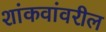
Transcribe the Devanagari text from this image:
शांकवांवरील